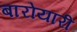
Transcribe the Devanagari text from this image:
बारोयारी